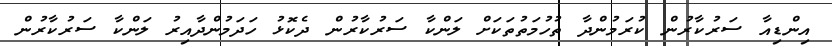
އިންޑިއާ ސަރުކާރުން ކުރަމުންދާ ތުހުމަތުތަކަށް ލަންކާ ސަރުކާރުން ދެކޮޅު ހަދަމުންދާއިރު ލަންކާ ސަރުކާރުން